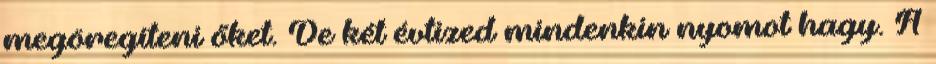
megöregíteni őket. De két évtized mindenkin nyomot hagy. A